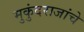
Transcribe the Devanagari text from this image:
मुकुंदराजांचे